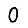
Digit: 0